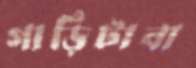
গাড়িটাবা